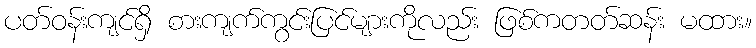
ပတ်ဝန်းကျင်ရှိ စားကျက်ကွင်းပြင်များကိုလည်း ဖြစ်ကတတ်ဆန်း မထား။